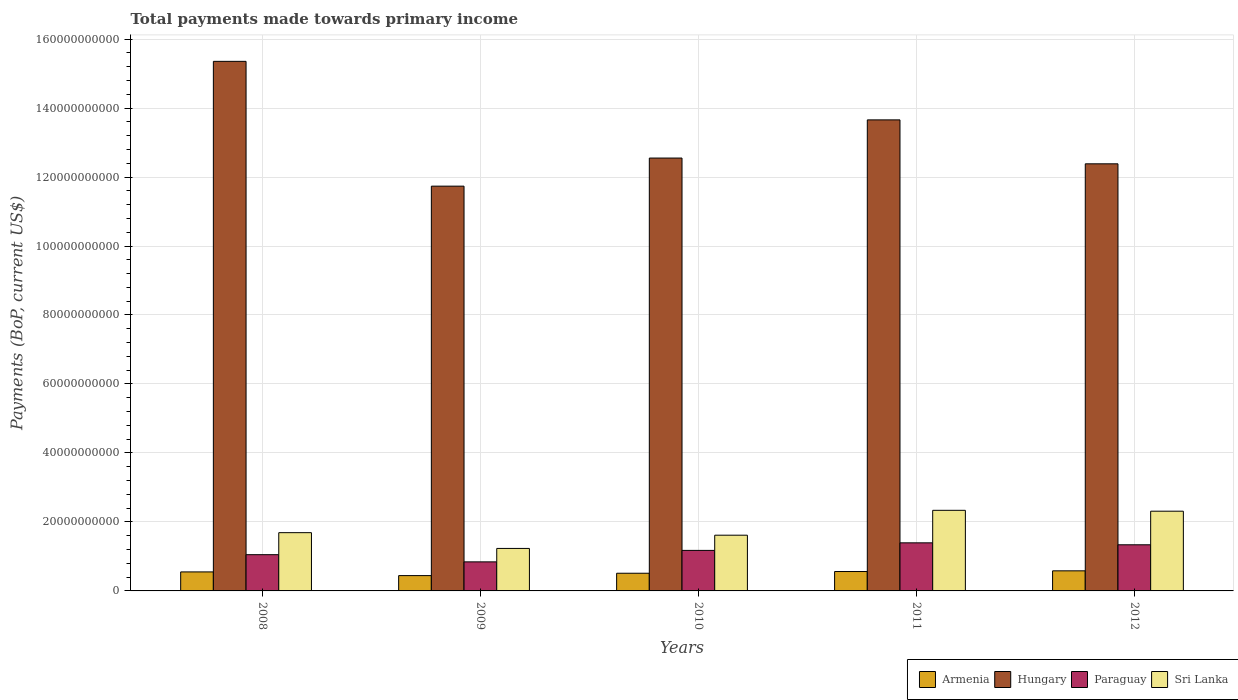
| Years | Armenia | Hungary | Paraguay | Sri Lanka |
 | --- | --- | --- | --- | --- |
 | 2008 | 5.51e+09 | 1.54e+11 | 1.05e+10 | 1.69e+10 |
 | 2009 | 4.44e+09 | 1.17e+11 | 8.42e+09 | 1.23e+10 |
 | 2010 | 5.13e+09 | 1.26e+11 | 1.17e+10 | 1.62e+10 |
 | 2011 | 5.62e+09 | 1.37e+11 | 1.39e+10 | 2.34e+10 |
 | 2012 | 5.82e+09 | 1.24e+11 | 1.34e+10 | 2.31e+10 |